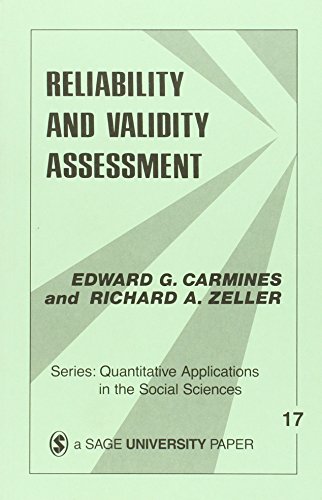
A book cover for Reliability and Validity Assessment (Quantitative Applications in the Social Sciences); Edward G. Carmines; Medical Books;